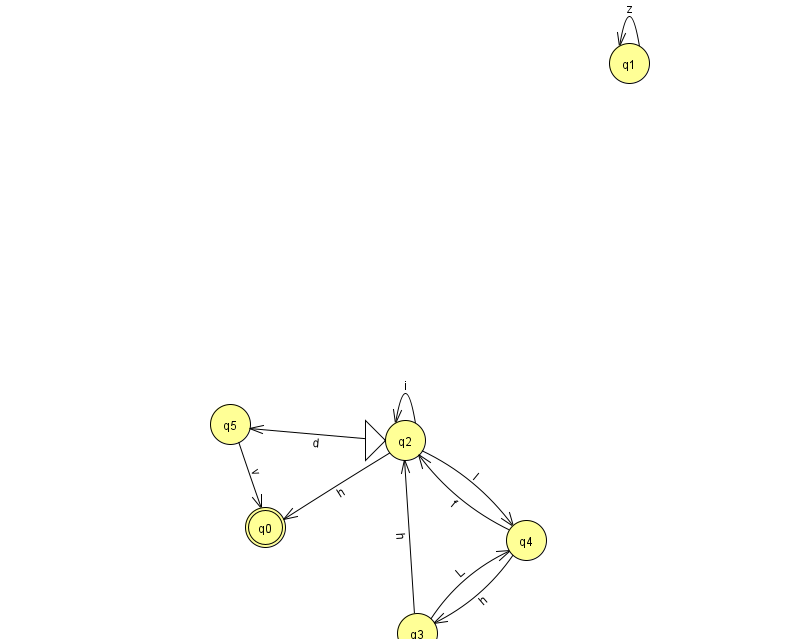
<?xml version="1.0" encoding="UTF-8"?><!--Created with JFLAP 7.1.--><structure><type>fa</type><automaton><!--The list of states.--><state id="0" name="q0"><x>265.0</x><y>514.0</y><final/></state><state id="1" name="q1"><x>629.0</x><y>50.0</y></state><state id="2" name="q2"><x>405.0</x><y>427.0</y><initial/></state><state id="3" name="q3"><x>417.0</x><y>620.0</y></state><state id="4" name="q4"><x>526.0</x><y>527.0</y></state><state id="5" name="q5"><x>230.0</x><y>411.0</y></state><!--The list of transitions.--><transition><from>3</from><to>2</to><read>h</read></transition><transition><from>4</from><to>2</to><read>f</read></transition><transition><from>2</from><to>5</to><read>d</read></transition><transition><from>3</from><to>4</to><read>L</read></transition><transition><from>2</from><to>0</to><read>h</read></transition><transition><from>4</from><to>3</to><read>h</read></transition><transition><from>2</from><to>2</to><read>i</read></transition><transition><from>1</from><to>1</to><read>z</read></transition><transition><from>2</from><to>4</to><read>I</read></transition><transition><from>5</from><to>0</to><read>v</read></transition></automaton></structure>